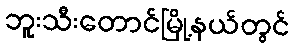
ဘူးသီးတောင်မြို့နယ်တွင်